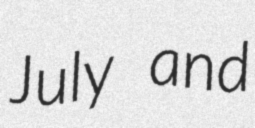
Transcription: July and